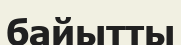
байытты